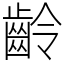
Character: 齡